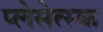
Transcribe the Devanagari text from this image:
प्लेसेत्स्क